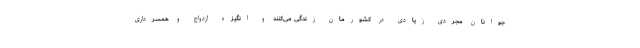
جوانان مجردی زیادی در کشورمان زندگی می‌کنند و انگیزه ازدواج و همسرداری